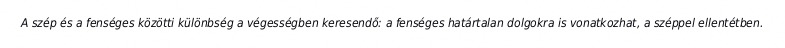
A szép és a fenséges közötti különbség a végességben keresendő: a fenséges határtalan dolgokra is vonatkozhat, a széppel ellentétben.